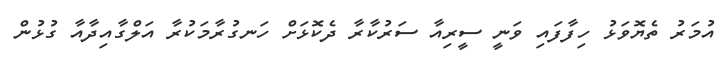
އުމަރު ތެޔޮވަޅު ހިފާފައި ވަނީ ސީރިއާ ސަރުކާރާ ދެކޮޅަށް ހަނގުރާމަކުރާ އަލްގާއިދާއާ ގުޅުން